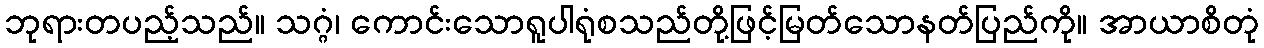
ဘုရားတပည့်သည်။ သဂ္ဂံ၊ ကောင်းသောရူပါရုံစသည်တို့ဖြင့်မြတ်သောနတ်ပြည်ကို။ အာယာစိတုံ